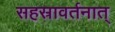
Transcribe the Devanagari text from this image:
सहस्रावर्तनात्‌